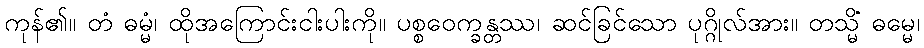
ကုန်၏။ တံ ဓမ္မံ၊ ထိုအကြောင်းငါးပါးကို။ ပစ္စဝေက္ခန္တဿ၊ ဆင်ခြင်သော ပုဂ္ဂိုလ်အား။ တသ္မိံ ဓမ္မေ၊